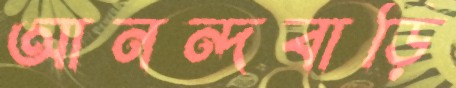
আনন্দবাড়ি